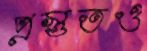
প্রস্তুতও